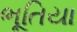
ભૂતિયા